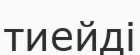
тиейді